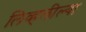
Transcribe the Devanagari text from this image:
लिव्हलील्या